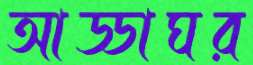
আড্ডাঘর